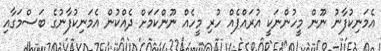
އެމަނިކުފާނު ނޫން މީހުންނަކީ އުރައްޕެއް ހުރި މީހެއް ނޫންކަމަށް ދެއްކުން އެމަނިކުފާނުގެ ބަސްމަގާއި